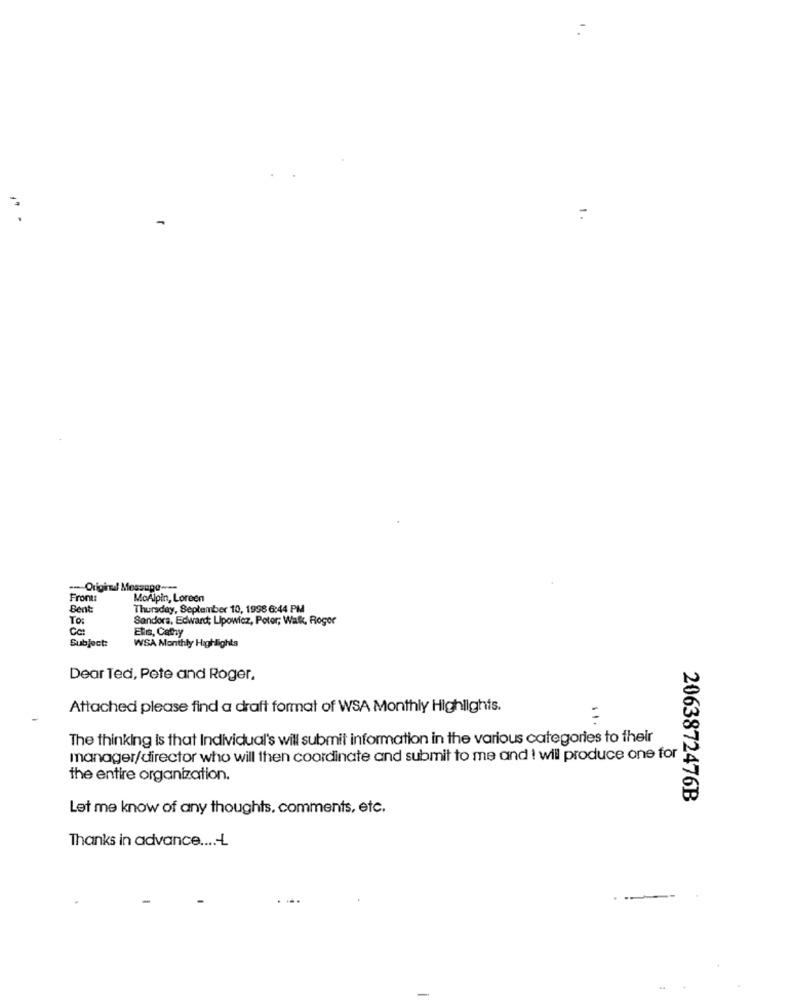
Original Message ---
Front:
MoAlpin, Loreen
Bent
Thursday, September 10, 1998 6:44 PM
Sandora, Edward; Lipowicz, Poter; Walk, Roger
Etis, Cathy
Subject:
WSA Monthly Highlights
Dear Ted, Pete and Roger,
Attached please find a draft format of WSA Monthly Highlights.
The thinking is that Individual's will submit information in the various categories to their
manager/director who will then coordinate and submit to me and ! will produce one for
the entire organization.
2063872476B
Let me know of any thoughts, comments, etc.
Thanks in advance ....- L